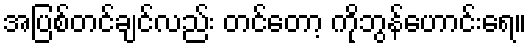
အပြစ်တင်ချင်လည်း တင်တော့ ကိုဘွန်ဟောင်းရေ။